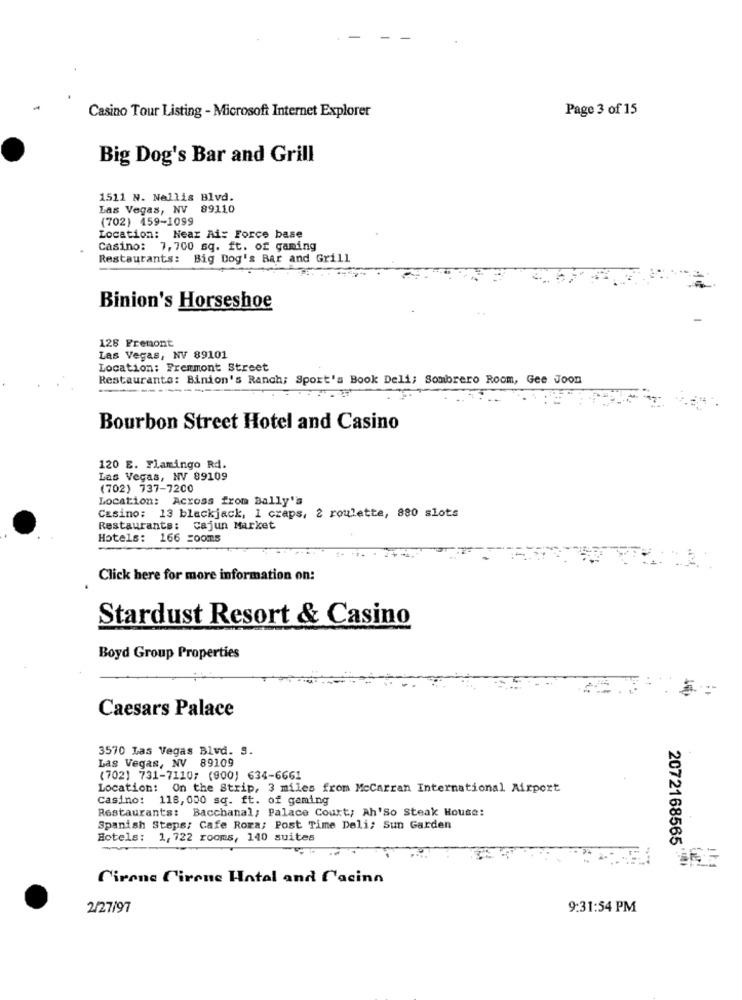
Page 3 of 15
Casino Tour Listing - Microsoft Internet Explorer
Big Dog's Bar and Grill
1511 N. Nellis Blvd.
Las Vegas, NV 89110
(702) 459-1099
Location: Near Ai: Force base
Casino: 7,700 sq. ft. of gaming
Restaurants: Big Dog's Bar and Grill
Binion's Horseshoe
128 Fremont
Las Vegas, NV 89101
Location: Frenmont Street
Restaurants: Binion's Ranch; Sport's Book Deli; Sombrero Room, Gee Joon
Bourbon Street Hotel and Casino
120 E. Flamingo Rd.
Las Vegas, NV 89109
(702) 737-7200
Location: Across from Bally''s
Casino: 13 blackjack, 1 craps, 2 roulette, 880 slots
Restaurants: Cajun Market
Hotels: 166 =00ms
Click here for more information on:
Stardust Resort & Casino
Boyd Group Properties
Caesars Palace
3570 Las Vegas Blvd. S.
Las Vegas, NV 89109
(702) 731-7110; (900) 634-6661
Location: On the Strip, 3 miles from McCarran International Airport
Casino: 118,000 sq. ft. of gaming
Restaurants: Bacchanal, Palace Court; Ah'So Steak House:
Spanish Steps; Cafe Rora; Post Time Deli; Sun Garden
Hotels: 1, 722 rooms, 140 suites
2072168565'
Cirone Cirone Hatal and facinn
2/27/97
9:31:54 PM